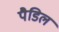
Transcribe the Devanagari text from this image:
पैडिल